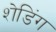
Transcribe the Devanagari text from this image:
शेडिंग